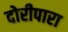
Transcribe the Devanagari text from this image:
दोरीपारा